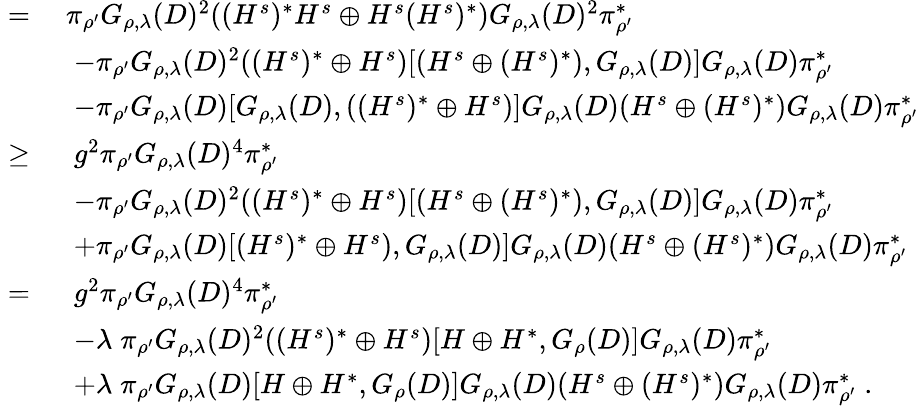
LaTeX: \begin{array}{rl}{\; =\; }&{\pi_{\rho^{\prime}}G_{\rho,\lambda}(D)^{2}((H^{s})^{*}H^{s}\oplus H^{s}(H^{s})^{*})G_{\rho,\lambda}(D)^{2}\pi_{\rho^{\prime}}^{*}}\\ &{\; -\pi_{\rho^{\prime}}G_{\rho,\lambda}(D)^{2}((H^{s})^{*}\oplus H^{s})[(H^{s}\oplus(H^{s})^{*}),G_{\rho,\lambda}(D)]G_{\rho,\lambda}(D)\pi_{\rho^{\prime}}^{*}}\\ &{\; -\pi_{\rho^{\prime}}G_{\rho,\lambda}(D)[G_{\rho,\lambda}(D),((H^{s})^{*}\oplus H^{s})]G_{\rho,\lambda}(D)(H^{s}\oplus(H^{s})^{*})G_{\rho,\lambda}(D)\pi_{\rho^{\prime}}^{*}}\\ {\geq\; }&{\; g^{2}\pi_{\rho^{\prime}}G_{\rho,\lambda}(D)^{4}\pi_{\rho^{\prime}}^{*}}\\ &{\; -\pi_{\rho^{\prime}}G_{\rho,\lambda}(D)^{2}((H^{s})^{*}\oplus H^{s})[(H^{s}\oplus(H^{s})^{*}),G_{\rho,\lambda}(D)]G_{\rho,\lambda}(D)\pi_{\rho^{\prime}}^{*}}\\ &{\; +\pi_{\rho^{\prime}}G_{\rho,\lambda}(D)[(H^{s})^{*}\oplus H^{s}),G_{\rho,\lambda}(D)]G_{\rho,\lambda}(D)(H^{s}\oplus(H^{s})^{*})G_{\rho,\lambda}(D)\pi_{\rho^{\prime}}^{*}}\\ {=\; }&{\; g^{2}\pi_{\rho^{\prime}}G_{\rho,\lambda}(D)^{4}\pi_{\rho^{\prime}}^{*}}\\ &{\; -\lambda\; \pi_{\rho^{\prime}}G_{\rho,\lambda}(D)^{2}((H^{s})^{*}\oplus H^{s})[H\oplus H^{*},G_{\rho}(D)]G_{\rho,\lambda}(D)\pi_{\rho^{\prime}}^{*}}\\ &{\; +\lambda\; \pi_{\rho^{\prime}}G_{\rho,\lambda}(D)[H\oplus H^{*},G_{\rho}(D)]G_{\rho,\lambda}(D)(H^{s}\oplus(H^{s})^{*})G_{\rho,\lambda}(D)\pi_{\rho^{\prime}}^{*}\; .}\end{array}